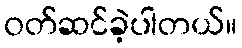
ဝတ်ဆင်ခဲ့ပါတယ်။